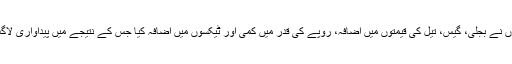
آئی ایم ایف کی ہدایات پر پاکستان کے حکمرانوں نے بجلی، گیس، تیل کی قیمتوں میں اضافہ، روپے کی قدر میں کمی اور ٹیکسوں میں اضافہ کیا جس کے نتیجے میں پیداواری لاگت اور کاروبار کرنے کی لاگت میں اضافہ ہوا۔